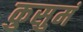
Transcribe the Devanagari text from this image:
कुसुमं